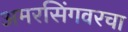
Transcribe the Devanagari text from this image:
अमरसिंगवरचा